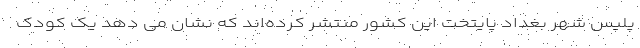
پلیس شهر بغداد پایتخت این کشور منتشر کرده‌اند که نشان می دهد یک کودک